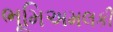
ભૂમિઅમલકી